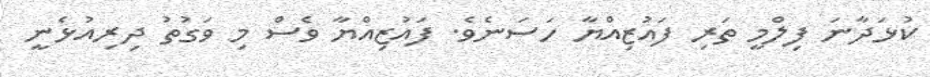
ކުޅަދާނަ ފިލްމީ ތަރި ފައުޒިއްޔާ ހަސަނެވެ. ފައުޒިއްޔާ ވެސް މި ވަގުތު ދިރިއުޅެނީ